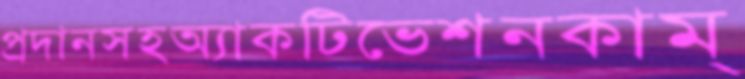
প্রদানসহঅ্যাকটিভেশনকাম্